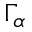
\Gamma _ { \alpha }